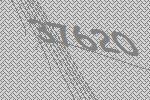
37620